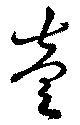
壹